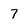
Character: 7